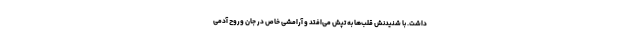
داشت. با شنیدنش قلب‌ها به تپش می‌افتد و آرامشی خاص در جان وروح آدمی